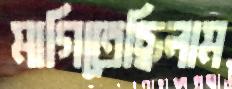
মাগিতেছিলাম